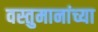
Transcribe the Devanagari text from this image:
वस्तुमानांच्या